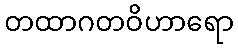
တထာဂတဝိဟာရော